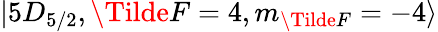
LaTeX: \lvert 5D_{5/2},\Tilde{F}=4,m_{\Tilde{F}}=-4\rangle